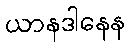
ယာနဒါနေန